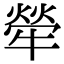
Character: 犖